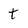
Character: t